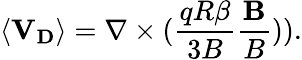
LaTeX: \left\langle\mathbf{V_{D}}\right\rangle=\nabla\times(\frac{qR\beta}{3B}\frac{\mathbf{B}}{B})).